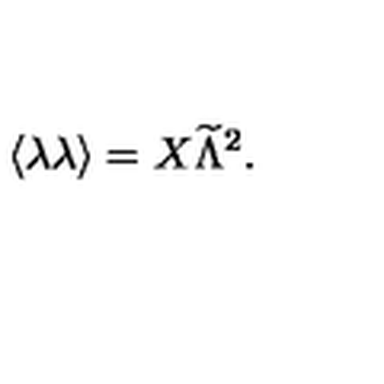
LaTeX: \langle \lambda \lambda \rangle = X { \widetilde \Lambda } ^ { 2 } .